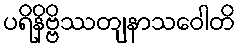
ပရိနိဗ္ဗိဿတျနာသဝေါတိ